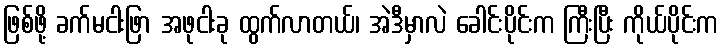
ဖြစ်ဖို့ ခက်မငါးဖြာ အဖုငါးခု ထွက်လာတယ်၊ အဲဒီမှာလဲ ခေါင်းပိုင်းက ကြီးပြီး ကိုယ်ပိုင်းက